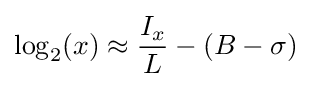
\log _{2}(x)\approx {\frac {I_{x}}{L}}-(B-\sigma )